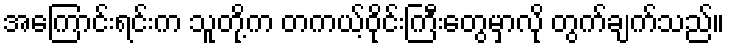
အကြောင်းရင်းက သူတို့က တကယ့်ဝိုင်းကြီးတွေမှာလို တွက်ချက်သည်။